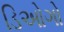
ડિઓગો